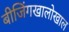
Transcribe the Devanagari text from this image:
बीजिंगखालोखाल